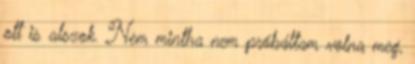
ott is alszok. Nem mintha nem próbáltam volna meg,